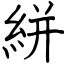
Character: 絣